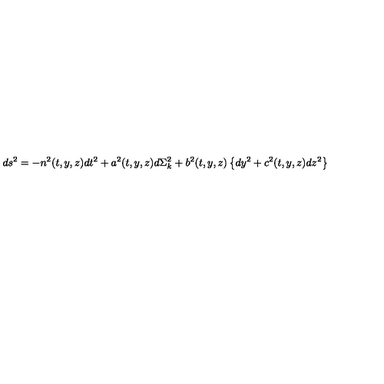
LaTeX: d s ^ { 2 } = - n ^ { 2 } ( t , y , z ) d t ^ { 2 } + a ^ { 2 } ( t , y , z ) d \Sigma _ { k } ^ { 2 } + b ^ { 2 } ( t , y , z ) \left\{ d y ^ { 2 } + c ^ { 2 } ( t , y , z ) d z ^ { 2 } \right\}